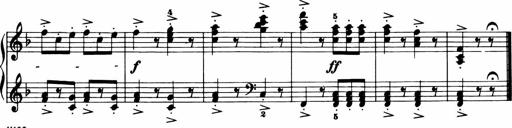
Title: 11 Sonatinas for Piano Solo
Composer: Anton Diabelli